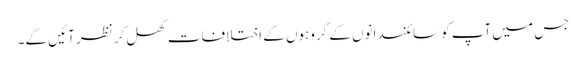
جس میں آپ کو سائنسدانوں کے گروہوں کے اختلافات کھل کر نظر آئیں گے۔